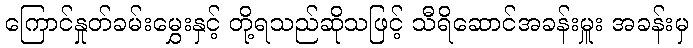
ကြောင်နှုတ်ခမ်းမွှေးနှင့် တို့ရသည်ဆိုသဖြင့် သီရိဆောင်အခန်းမှူး အခန်းမှ